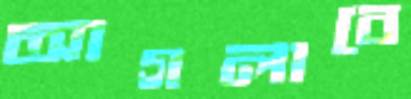
আগলাবে